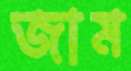
জাম